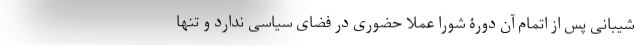
شیبانی پس از اتمام آن دورۀ شورا عملا حضوری در فضای سیاسی ندارد و تنها